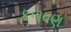
કળવણ